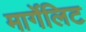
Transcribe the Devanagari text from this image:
मार्गेलिट